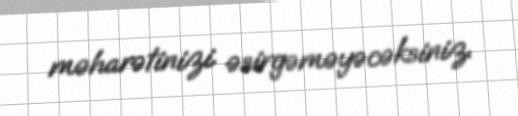
məharətinizi əsirgəməyəcəksiniz.